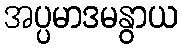
အပ္ပမာဒမနွာယ